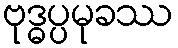
ဗုဒ္ဓပ္ပမုခဿ